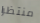
منتظرا